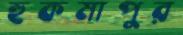
হুকমাপুর